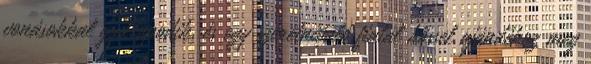
vonásokkal gyarapodik, és egy szeretnivaló fiatal hőssel ajándékoz meg